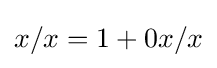
x/x=1+0x/x